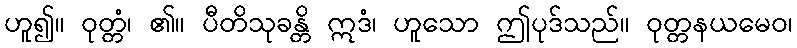
ဟူ၍။ ဝုတ္တံ၊ ၏။ ပီတိသုခန္တိ ဣဒံ၊ ဟူသော ဤပုဒ်သည်။ ဝုတ္တနယမေဝ၊